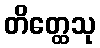
တိတ္ထေသု